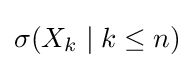
\sigma (X_{k}\mid k\leq n)